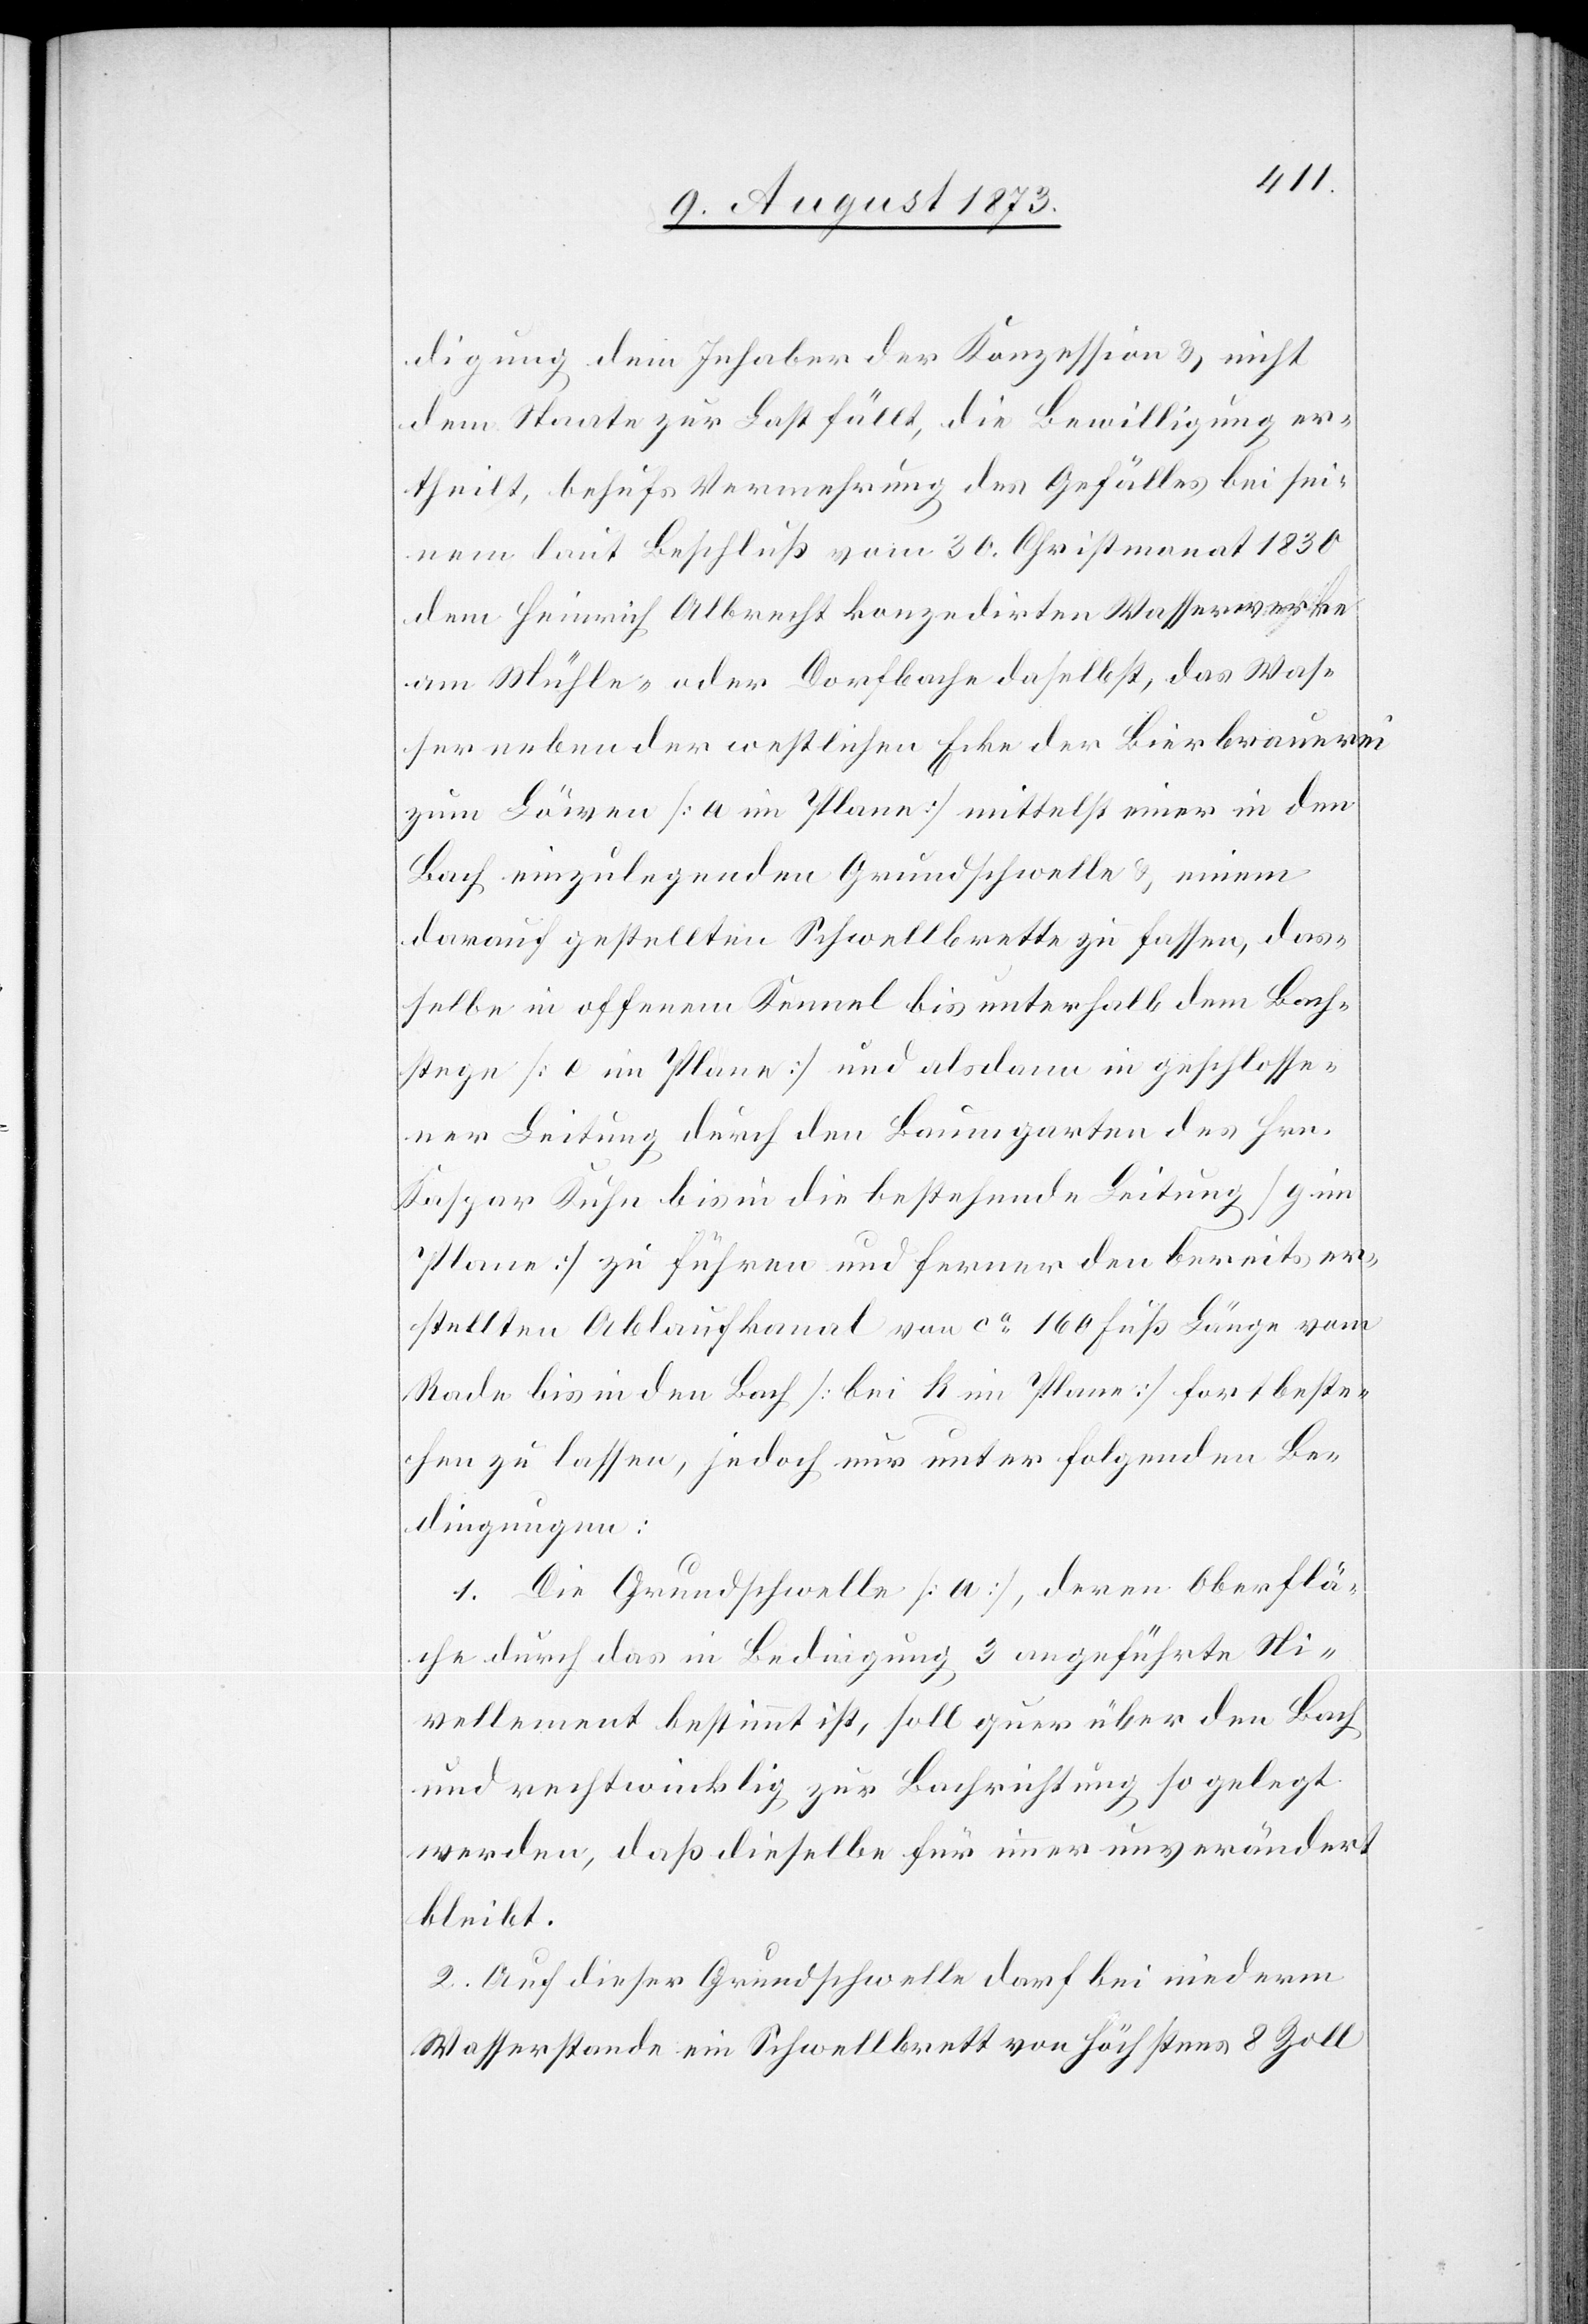
digung dem Inhaber der Konzession & nicht
dem Staate zur Last fällt, die Bewilligung er¬
theilt, behufs Vermehrung des Gefälles bei sei¬
nem laut Beschluß vom 30. Christmonat 1830
dem Heinrich Albrecht konzedirten Wasserwerke
am Mühle- oder Dorfbache daselbst, das Was¬
ser neben der westlichen Ecke der Bierbrauerei
zum Löwen [a im Plane] mittelst einer in den
Bach einzulegenden Grundschwelle & einem
darauf gestellten Schwellbrette zu fassen, das¬
selbe in offenem Kennel bis unterhalb dem Bach¬
stege [e im Plane] und alsdann in geschlosse¬
ner Leitung durch den Baumgarten des Hrn.
Kaspar Kuhn bis in die bestehende Leitung [g im
Plane] zu führen und ferner den bereits er¬
stellten Ablaufkanal von ca 160 Fuß Länge vom
Rade bis in den Bach [bei k im Plane] fortbeste¬
hen zu lassen, jedoch nur unter folgenden Be¬
dingungen:
1. Die Grundschwelle [a], deren Oberflä¬
che durch das in Bedingung 3 angeführte Ni¬
vellement bestimmt ist, soll quer über den Bach
und rechtwinklig zur Bachrichtung so gelegt
werden, daß dieselbe für immer unverändert
bleibt.
2. Auf dieser Grundschwelle darf bei niederem
Wasserstande ein Schwellbrett von höchstens 8 Zoll